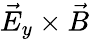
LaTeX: \vec{E}_{y}\times\vec{B}